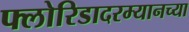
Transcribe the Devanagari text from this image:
फ्लोरिडादरम्यानच्या